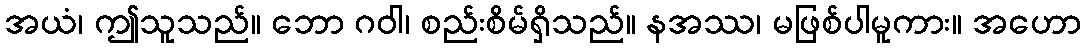
အယံ၊ ဤသူသည်။ ဘော ဂဝါ၊ စည်းစိမ်ရှိသည်။ နအဿ၊ မဖြစ်ပါမူကား။ အဟော